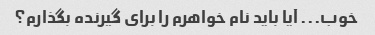
خوب... آیا باید نام خواهرم را برای گیرنده بگذارم؟